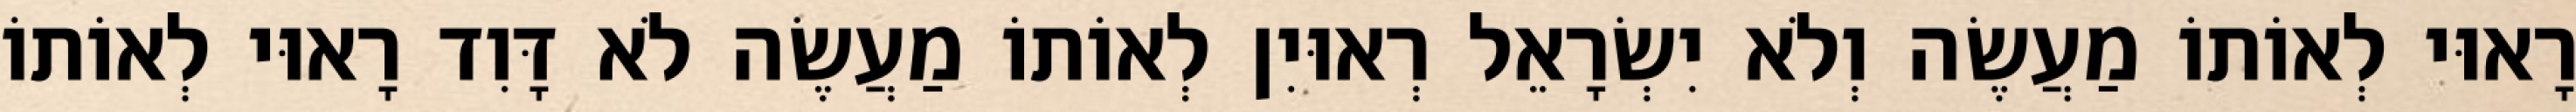
רָאוּי לְאוֹתוֹ מַעֲשֶׂה וְלֹא יִשְׂרָאֵל רְאוּיִן לְאוֹתוֹ מַעֲשֶׂה לֹא דָּוִד רָאוּי לְאוֹתוֹ